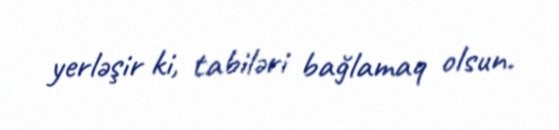
yerləşir ki, tabiləri bağlamaq olsun.